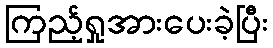
ကြည့်ရှုအားပေးခဲ့ပြီး